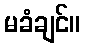
မခံချင်။